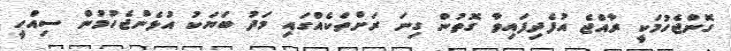
ގޮންޖެހުމަކީ ރާއްޖެ އުފެދިފައިވާ ގޮތުން ގިނަ ރަށްތަކެއްގައި މަދު ބަޔަކު އުޅެންޖެހުމުން ސިއްހީ